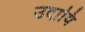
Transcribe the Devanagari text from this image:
उदायि